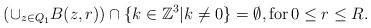
LaTeX: \begin{align*}(\cup_{z\in Q_1}B(z,r))\cap \{k\in\mathbb{Z}^3| k\neq 0\}=\emptyset,\textrm{for}\, 0\leq r\leq R.\end{align*}